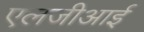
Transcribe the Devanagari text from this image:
एलजीआई